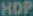
HDP